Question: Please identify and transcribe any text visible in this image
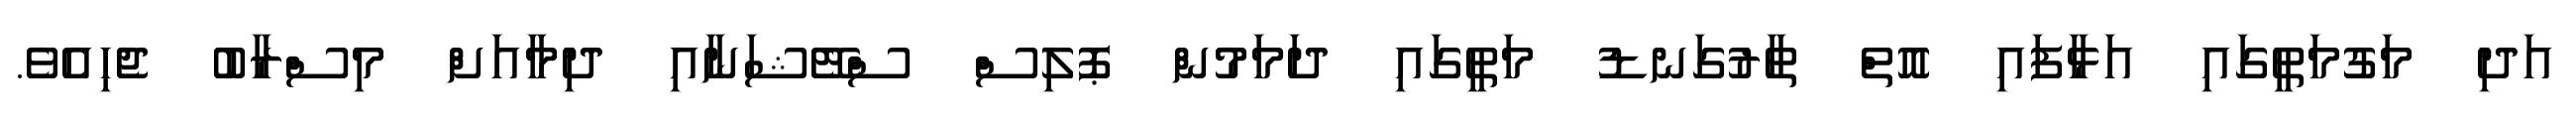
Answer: އަދި މަގުމަތީގައި އަޅާފައި އޮތް ތާރުގަނޑު މަތީގައި ދަމަމުން ޕޮލިސް ސްޓޭޝަނާއި ދިމާއަށް މިސްރާބު ޖެހިއެވެ.